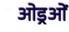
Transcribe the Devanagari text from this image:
ओड्रओं